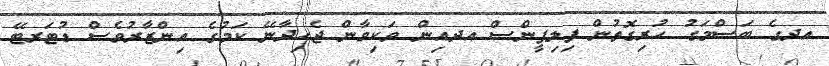
އދގެ ބަސްމަގު ހުރިގޮތުން ފިލިޕީންސް އދއިން ވަކިވާން ޖެހިދާނޭ ކަމުގެ އިންޒާރުވެސް ޑުޓަރޓޭ